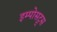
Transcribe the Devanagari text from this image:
इम्पोसट्र्स